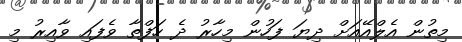
މިތުން އެލްއޭއަށް ދިޔަ ފަހުން މިހާރު ދެ ހަފްތާ ވެފައި ވާއިރު މި